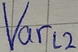
Text: Varl2